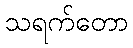
သရက်တော